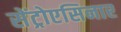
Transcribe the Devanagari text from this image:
सेंट्रोएसिनार